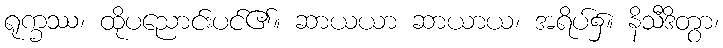
ရုက္ခဿ၊ ထိုပညောင်းပင်၏။ ဆာယယာ ဆာယာယ၊ အရိပ်၌။ နိသီဒိတွာ၊